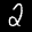
Label: 2